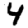
Digit: 4